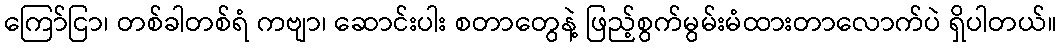
ကြော်ငြာ၊ တစ်ခါတစ်ရံ ကဗျာ၊ ဆောင်းပါး စတာတွေနဲ့ ဖြည့်စွက်မွမ်းမံထားတာလောက်ပဲ ရှိပါတယ်။